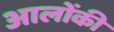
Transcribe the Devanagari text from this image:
आलोंकी